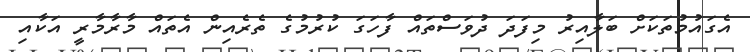
އެގައުމުތަކަށް ބަލާއިރު މިފަދަ ދުވަސްތައް ފާހަގަ ކުރުމުގެ ތެރެއިން އެތައް މާރާމާރީ އަކާއި